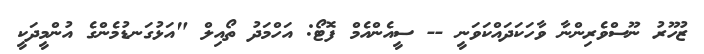
ޒުހޫރު ނޫސްވެރިންނާ ވާހަކަދައްކަވަނީ -- ސީއެންއެމް ފޮޓޯ: އަހްމަދު ތޯއިލް "އަޅުގަނޑުމެންގެ އުންމީދަކީ